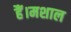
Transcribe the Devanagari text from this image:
हैं।मशाल